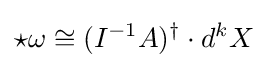
\star \omega \cong (I^{-1}A)^{\dagger }\cdot d^{k}X